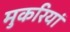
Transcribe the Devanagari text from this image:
मुकरियां